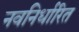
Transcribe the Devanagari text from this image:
नवनिर्धारित